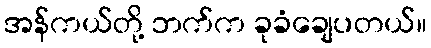
အန်ကယ်တို့ ဘက်က ခုခံချေပတယ်။